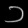
Digit: ၁